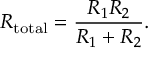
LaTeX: R _ { \mathrm { t o t a l } } = { \frac { R _ { 1 } R _ { 2 } } { R _ { 1 } + R _ { 2 } } } .